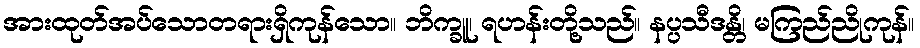
အားထုတ်အပ်သောတရားရှိကုန်သော။ ဘိက္ခူ၊ ရဟန်းတို့သည်။ နပ္ပသီဒန္တိ၊ မကြည်ညိုကုန်။